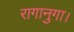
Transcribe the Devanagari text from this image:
रागानुगा।